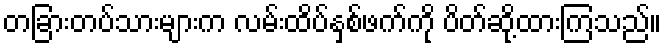
တခြားတပ်သားများက လမ်းထိပ်နှစ်ဖက်ကို ပိတ်ဆို့ထားကြသည်။